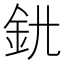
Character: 𨥃